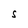
Character: S